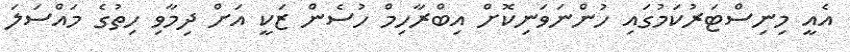
އެއީ މިނިސްޓަރުކަމުގައި ހުންނަވަނިކޮށް އިބްރާހިމް ހުސެން ޒަކީ އަށް ދިމާވި ހިތުގެ މައްސަލަ